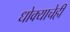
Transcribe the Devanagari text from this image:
धोक्याचेही